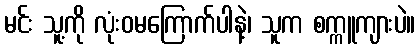
မင်း သူ့ကို လုံးဝမကြောက်ပါနဲ့၊ သူက စက္ကူကျားပဲ။